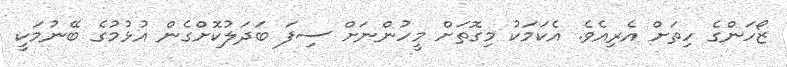
ޒޯހަންގެ ހިތަށް އެރިއެވެ. އެކަމަކު މިގޮތަށް މީހުންނަށް ސިފަ ބަދަލުކޮށްގެން އުޅުމުގެ ބޭނުމަކީ